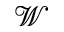
\mathcal { W }